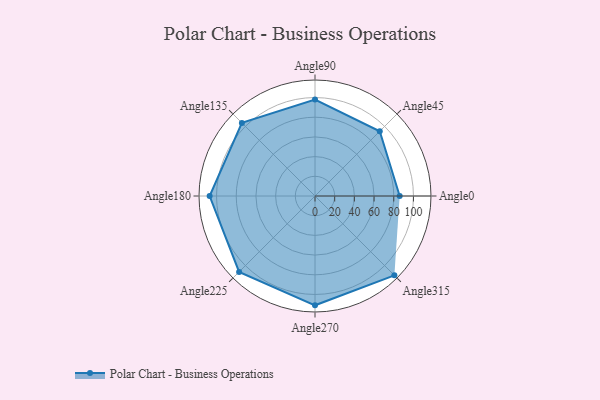
{"axis": {"x": "Angle", "y": "Radius"}, "legend": [""], "data": [{"x": "Angle0", "y": 86.0, "type": ""}, {"x": "Angle45", "y": 93.0, "type": ""}, {"x": "Angle90", "y": 98.0, "type": ""}, {"x": "Angle135", "y": 105.0, "type": ""}, {"x": "Angle180", "y": 107.0, "type": ""}, {"x": "Angle225", "y": 109.0, "type": ""}, {"x": "Angle270", "y": 111.0, "type": ""}, {"x": "Angle315", "y": 114.0, "type": ""}]}